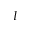
I